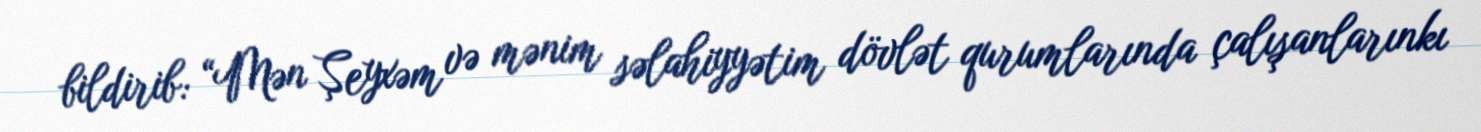
bildirib: “Mən Şeyxəm və mənim səlahiyyətim dövlət qurumlarında çalışanlarınkı